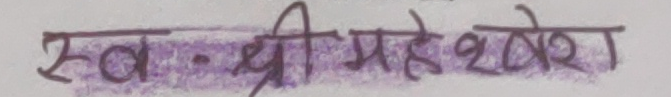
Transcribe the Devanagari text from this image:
स्व. श्री महेश